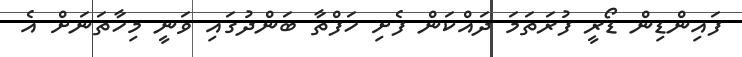
ފައިންޑިން ޑޯރީ ފުރަތަމަ ދައްކަން ފެށި ހަފްތާ ބަންދުގައި ވަނީ މިހާތަނަށް އެ